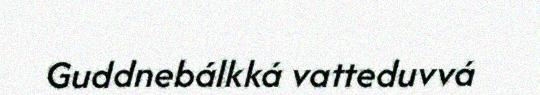
Guddnebálkká vatteduvvá